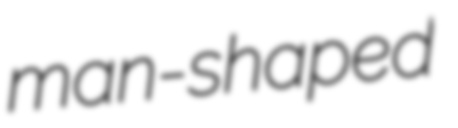
man-shaped